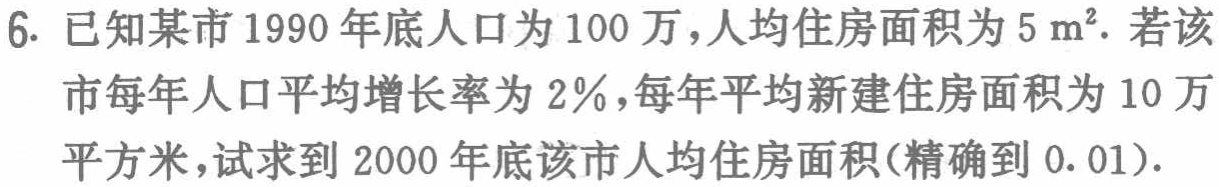
6. 已知某市1990年底人口为100万，人均住房面积为\(5\mathrm{m}^{2}\). 若该市每年人口平均增长率为\(2\%\)，每年平均新建住房面积为10万平方米，试求到2000年底该市人均住房面积(精确到\(0.01\)).